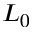
L _ { 0 }